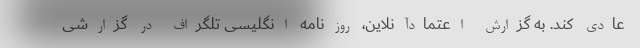
عادی کند. به گزارش اعتمادآنلاین، روزنامه انگلیسی تلگراف در گزارشی